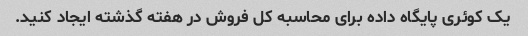
یک کوئری پایگاه داده برای محاسبه کل فروش در هفته گذشته ایجاد کنید.